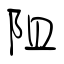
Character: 阻